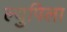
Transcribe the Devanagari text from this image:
ल्युपिला